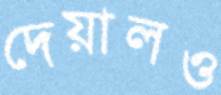
দেয়ালও